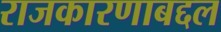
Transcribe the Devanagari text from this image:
राजकारणाबद्दल